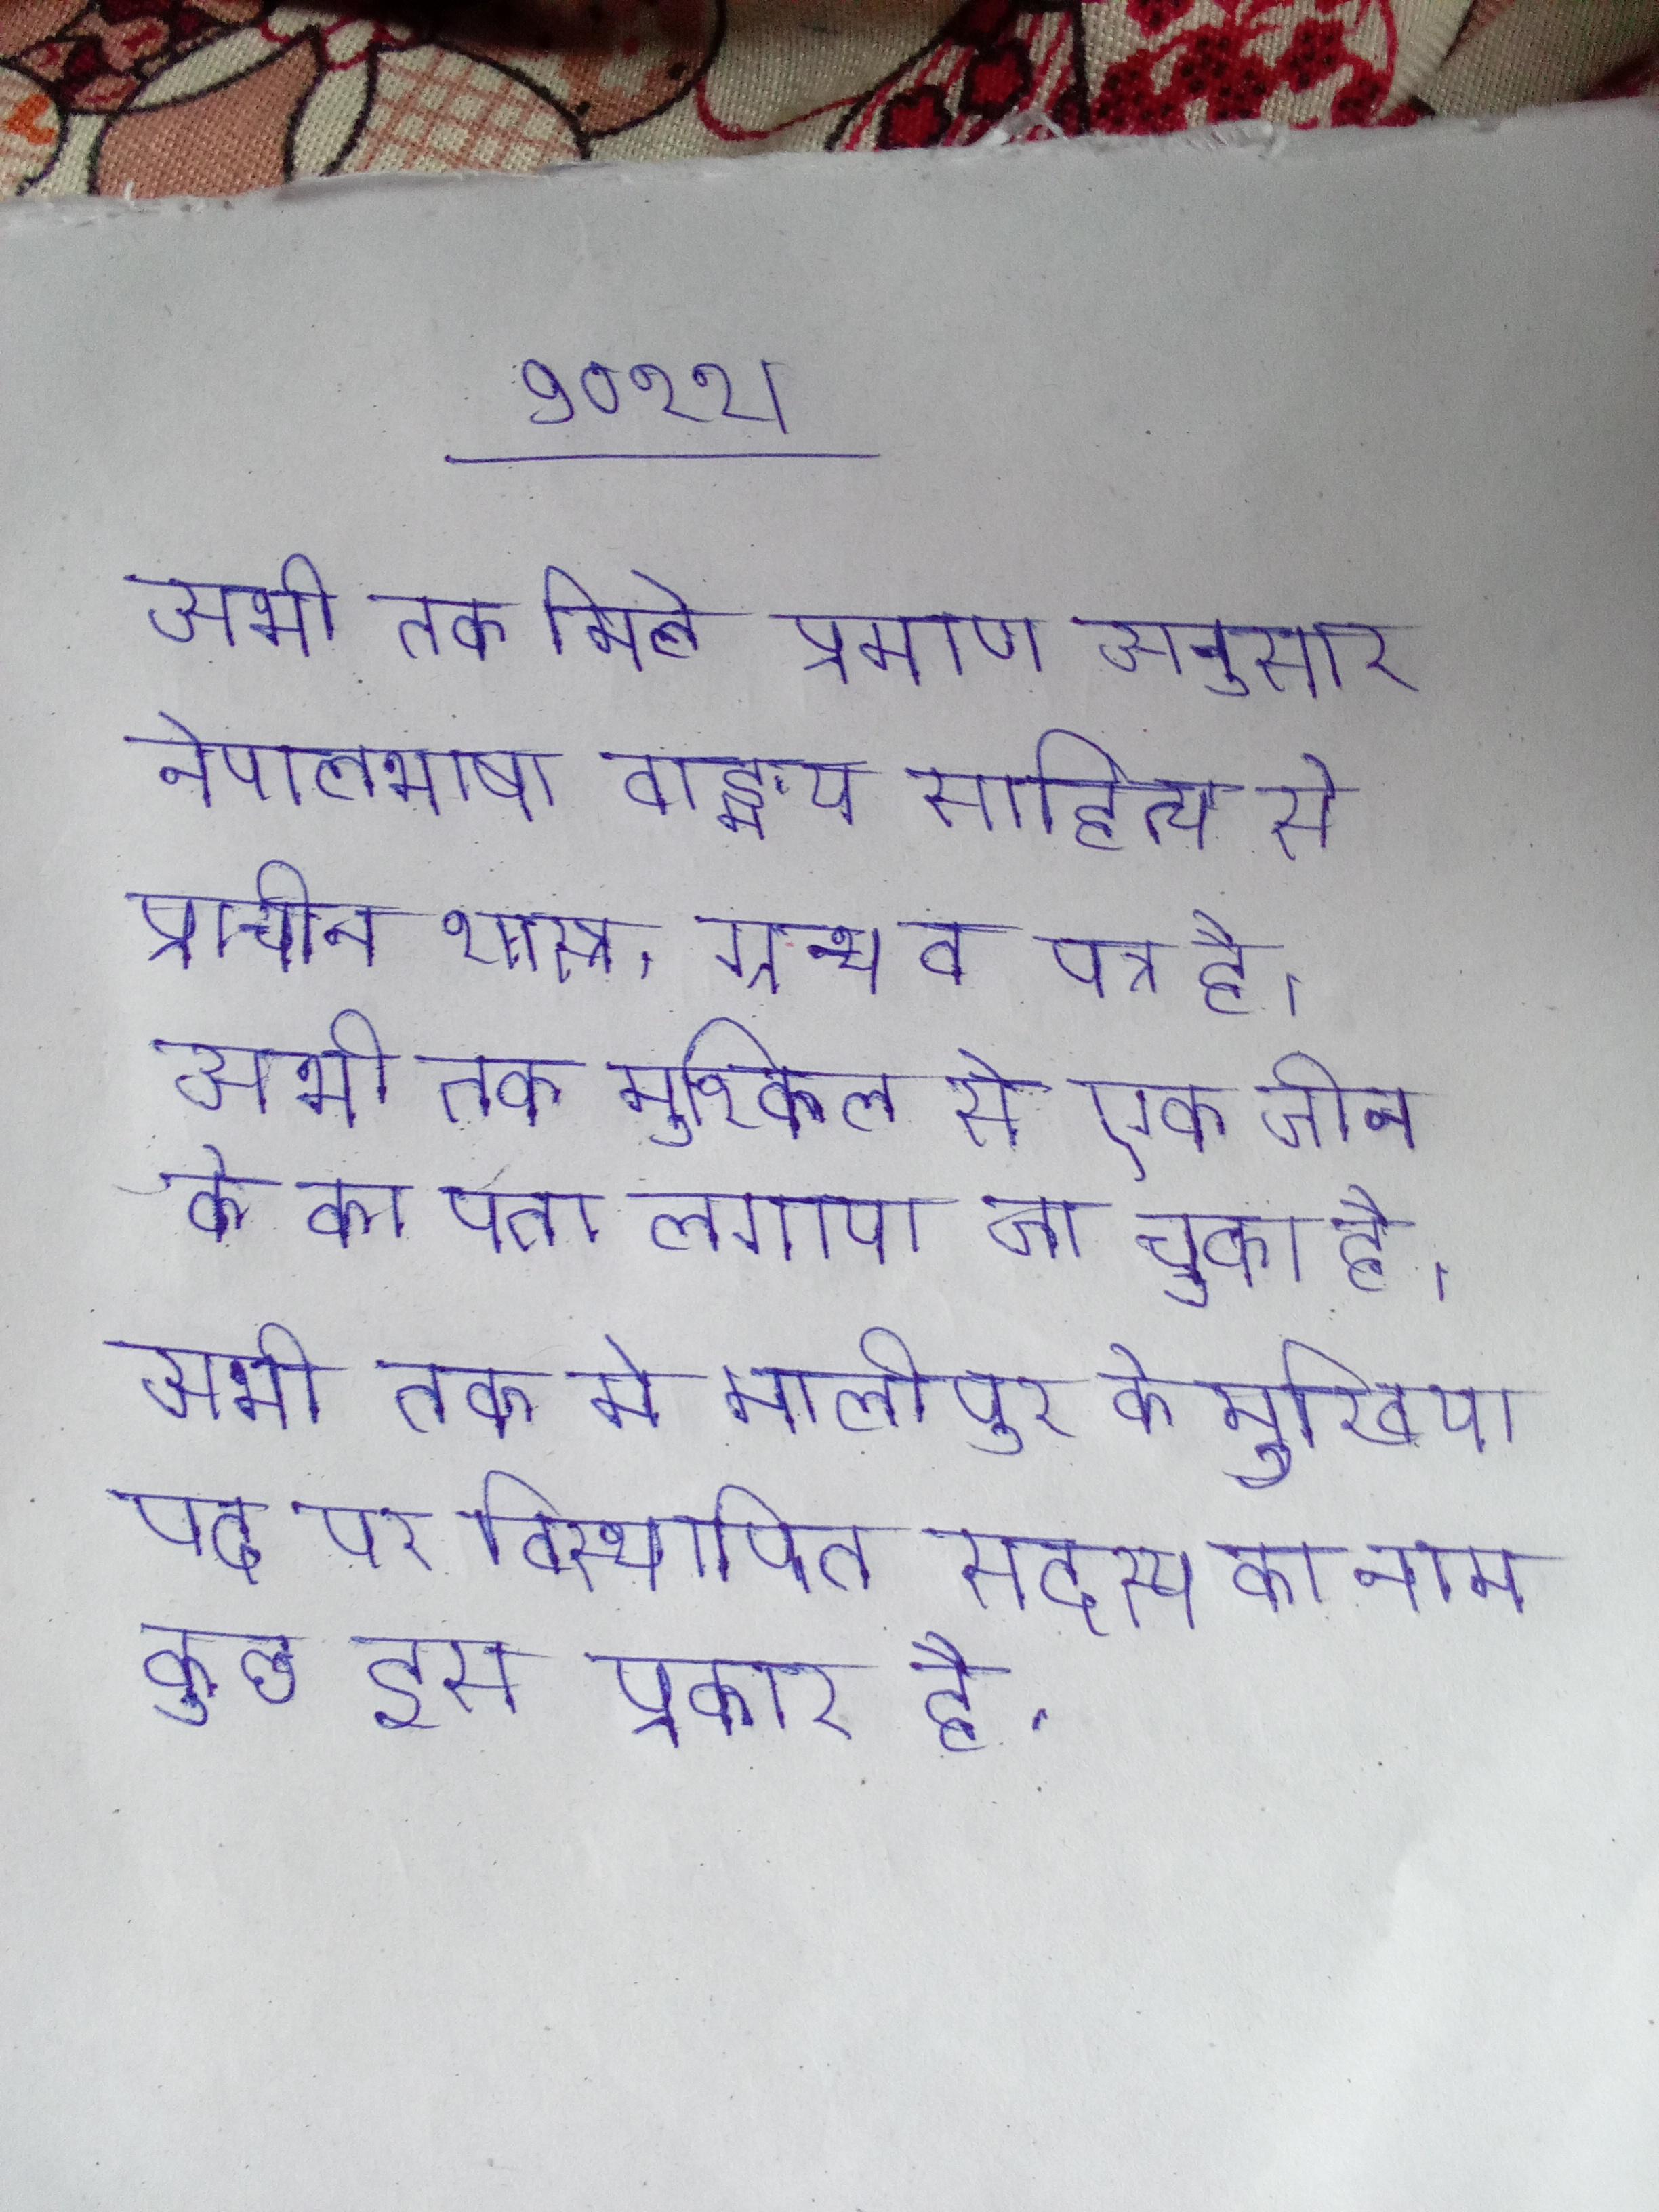
अभी तक मिले प्रमाण अनुसार नेपालभाषा वाङ्मय साहित्य से प्राचीन शास्त्र, ग्रन्थ व पत्र है । अभी तक मुश्किल से एक जीन के का पता लगाया जा चुका है । अभी तक मे मालीपुर के मुखिया पद पर विस्थापित सदस्य का नाम कुछ इस प्रकार है .